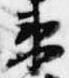
衛